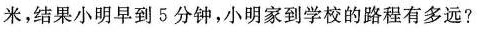
米，结果小明早到5分钟，小明家到学校的路程有多远?